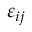
\varepsilon _ { i j }